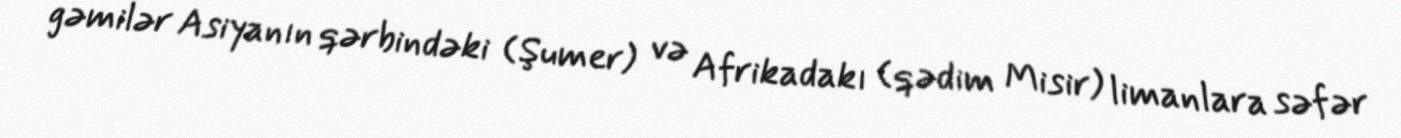
gəmilər Asiyanın qərbindəki (Şumer) və Afrikadakı (qədim Misir) limanlara səfər